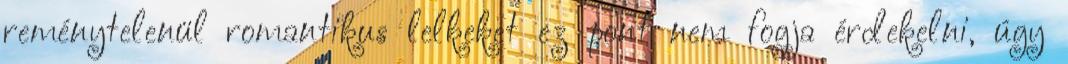
reménytelenül romantikus lelkeket ez pont nem fogja érdekelni, úgy